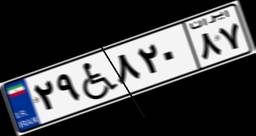
۲۹W۸۲۰۸۷